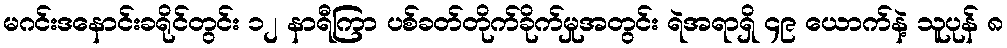
မဂင်းဒနောင်းခရိုင်တွင်း ၁၂ နာရီကြာ ပစ်ခတ်တိုက်ခိုက်မှုအတွင်း ရဲအရာရှိ ၄၉ ယောက်နဲ့ သူပုန် ၈